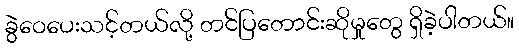
ခွဲဝေပေးသင့်တယ်လို့ တင်ပြတောင်းဆိုမှုတွေ ရှိခဲ့ပါတယ်။